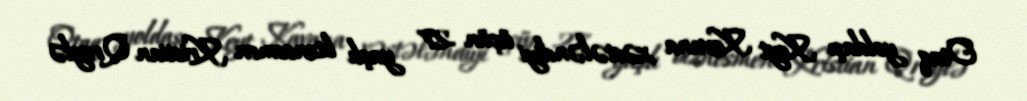
Otaq yoldaşı Keyt Kavana xəstələndiyi üçün 27 yaşlı biznesmen Kristian Qreylə